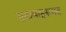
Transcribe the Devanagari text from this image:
मुखबाहूरुपाद